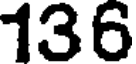
136